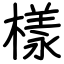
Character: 樣